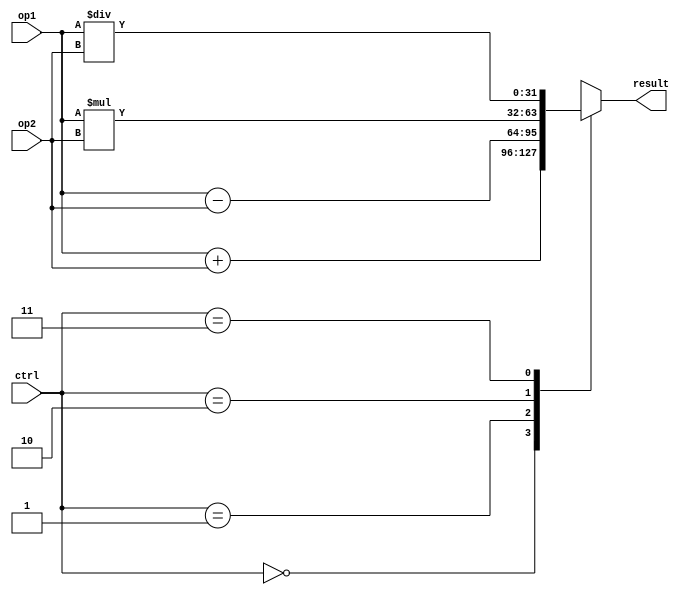
module ALU(
    input [31:0] op1, op2,
    input [1:0] ctrl,
    output reg[31:0] result
);

always @(*)
begin
    case(ctrl)
        2'b00: result = op1 + op2; // Addition
        2'b01: result = op1 - op2; // Subtraction
        2'b10: result = op1 * op2; // Multiplication
        2'b11: result = op1 / op2; // Division
    endcase
end

endmodule